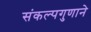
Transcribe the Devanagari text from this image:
संकल्पगुणाने